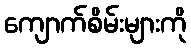
ကျောက်စိမ်းများကို